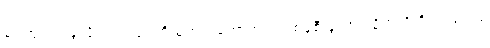
မရဘူးတဲ့၊ ခွဲလိုက်ရင် ရုပ်ကို မဟုတ်တော့ဘူး၊ တစ်ခုစီ ခွဲထားလိုက်လို့ ရှိရင် ရုပ်လို့